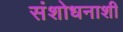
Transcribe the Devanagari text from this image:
संशोधनाशी